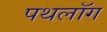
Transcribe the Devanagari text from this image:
पथलॉग